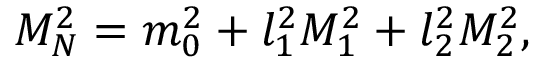
M _ { N } ^ { 2 } = m _ { 0 } ^ { 2 } + l _ { 1 } ^ { 2 } M _ { 1 } ^ { 2 } + l _ { 2 } ^ { 2 } M _ { 2 } ^ { 2 } ,